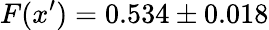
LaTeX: F(x^{\prime})=0.534\pm 0.018